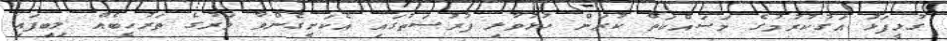
ގުޅީފަޅު އަގުކުރުމުގެ މަސައްކަތް ކުރަން ހުޅުވާލި ފުރުސަތުގައި އެކަށީގެންވާ ވަރުގެ ތަރުހީބެއް ލިބިފައި